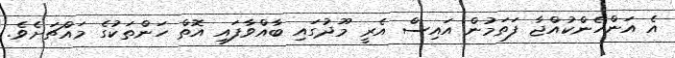
އެ އަންހެންކުއްޖާ ފަތަމުން އައިސް އެރީ މޫދުގައި ބާއްވާފައި އޮތް ހަންތަކުގެ މައްޗަށެވެ.